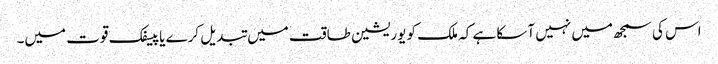
اس کی سمجھ میں نہیں آسکا ہے کہ ملک کو یوریشین طاقت میں تبدیل کرے یا پیسفک قوت میں۔